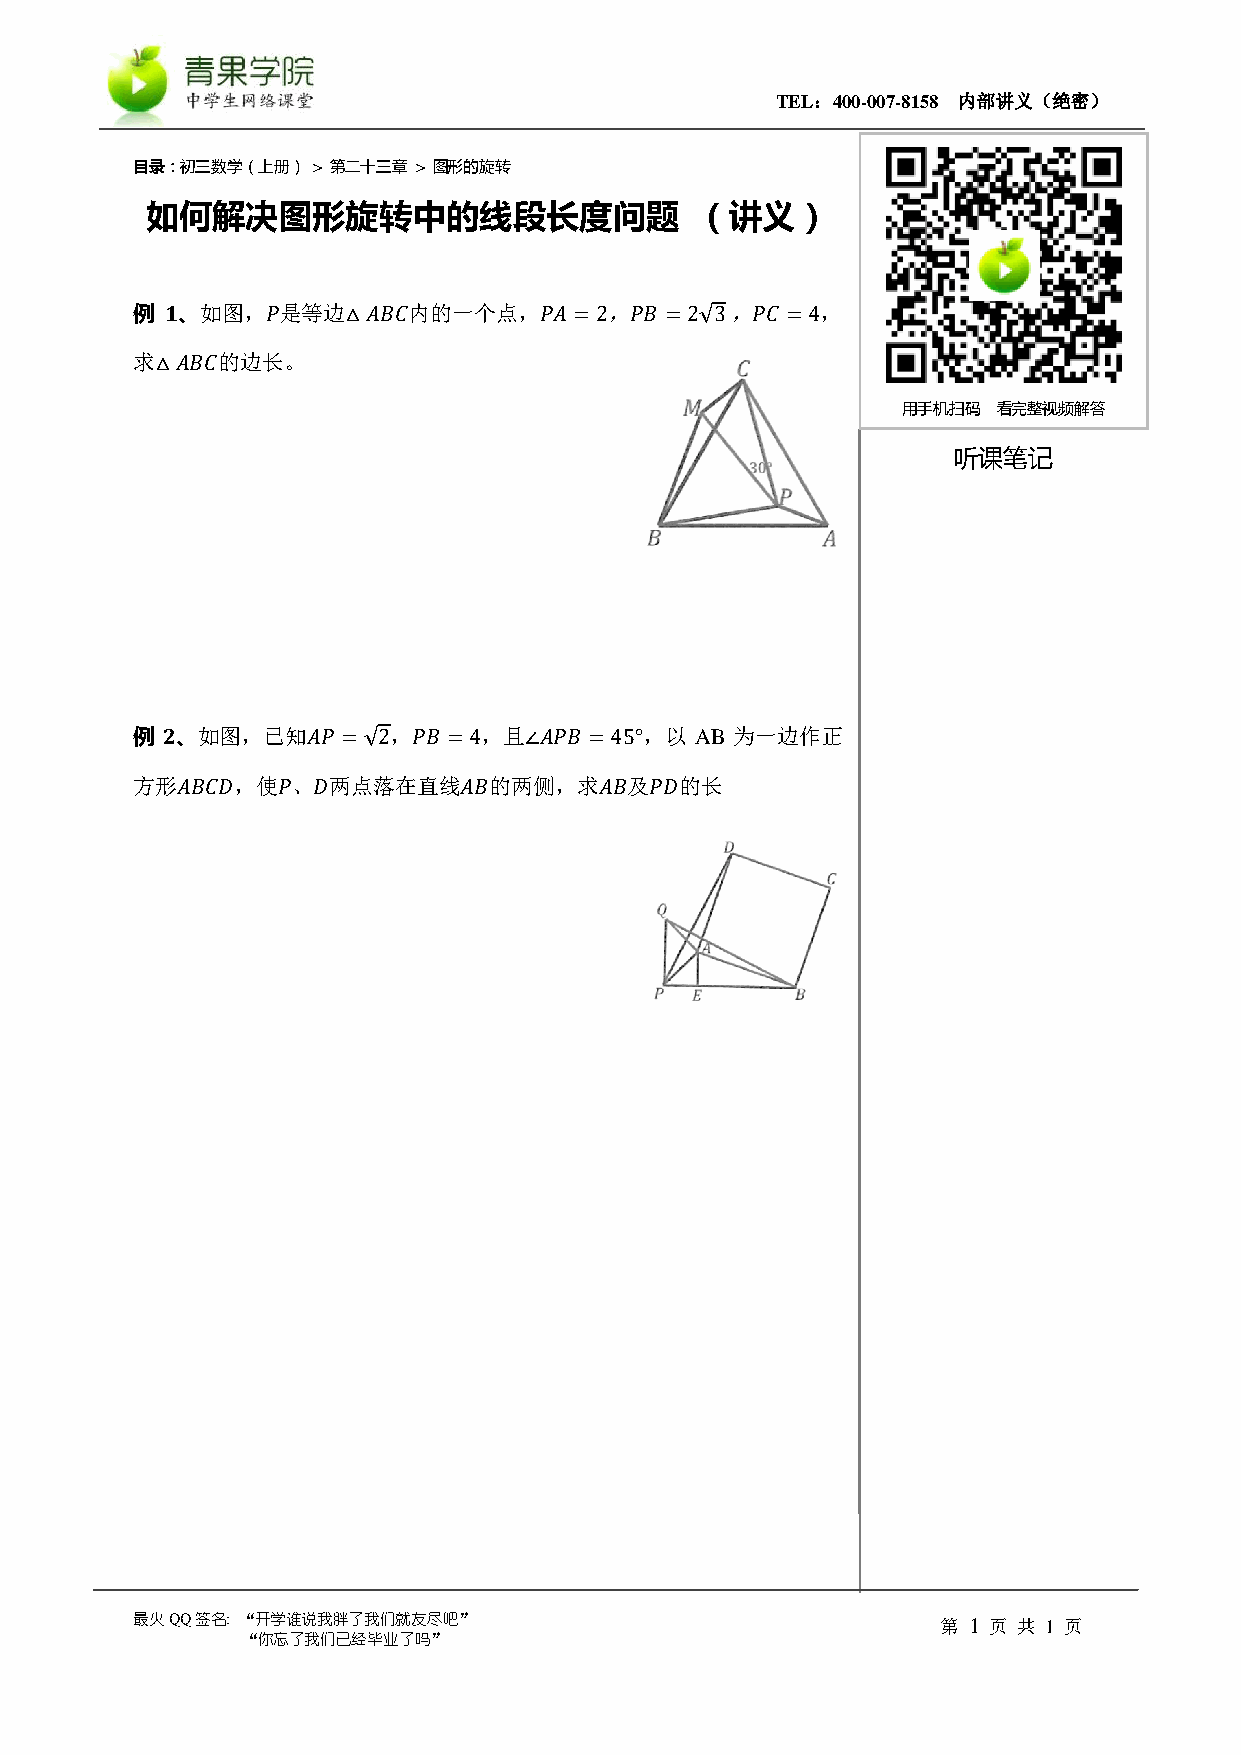
TEL：400-007-8158 内部讲义（绝密）
 目录：初三数学（上册） > 第二十三章 > 图形的旋转
 如何解决图形旋转中的线段长度问题                    （讲义）
 例 1、如图，𝑃是等边△𝐴𝐵𝐶内的一个点，𝑃𝐴=2，𝑃𝐵       =2√3 ，𝑃𝐶 =4，
 求△𝐴𝐵𝐶的边长。
 用手机扫码 看完整视频解答
 听课笔记
 例 2、如图，已知𝐴𝑃   =√2，𝑃𝐵 =4，且∠𝐴𝑃𝐵 =45°，以 AB 为一边作正
 方形𝐴𝐵𝐶𝐷，使𝑃、𝐷两点落在直线𝐴𝐵的两侧，求𝐴𝐵及𝑃𝐷的长
 最火QQ签名: “开学谁说我胖了我们就友尽吧”                              第 1 页 共 1 页
 “你忘了我们已经毕业了吗”